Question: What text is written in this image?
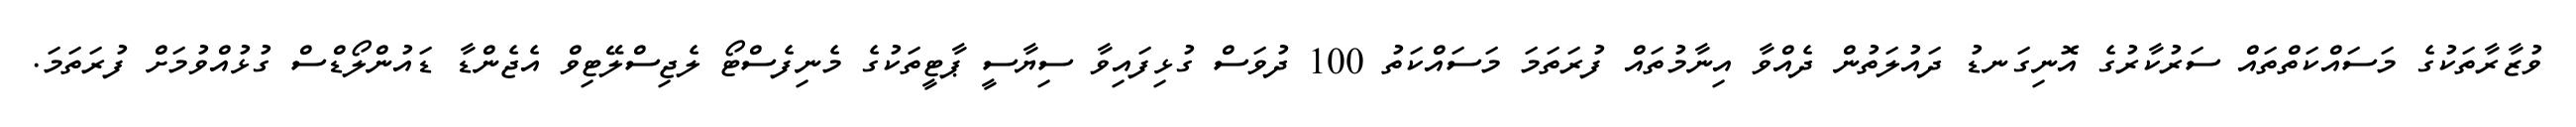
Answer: ވުޒާރާތަކުގެ މަސައްކަތްތައް ސަރުކާރުގެ އޮނިގަނޑު ދައުލަތުން ދެއްވާ އިނާމުތައް ފުރަތަމަ މަސައްކަތު 100 ދުވަސް ގުޅިފައިވާ ސިޔާސީ ޕާޓީތަކުގެ މެނިފެސްޓޯ ލެޖިސްލޭޓިވް އެޖެންޑާ ޑައުންލޯޑްސް ގުޅުއްވުމަށް ފުރަތަމަ.